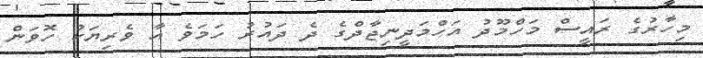
މިހާރުގެ ރައީސް މަހްމޫދު އަހްމަދީނިޖާދްގެ ދެ ދައުރު ހަމަވެ އާ ވެރިޔަކު ހޮވަން